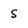
Character: S